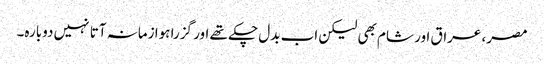
مصر، عراق اور شام بھی لیکن اب بدل چکے تھے اور گزرا ہوا زمانہ آتا نہیں دوبارہ۔